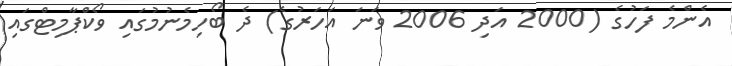
އެންމެ ފަހުގެ (2000 އަދި 2006 ވަނަ އަހަރުގެ) ދެ ބޯހިމެނުމުގައި ވޯކްޕާމިޓްގައި